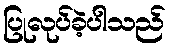
ပြုလုပ်ခဲ့ပါသည်